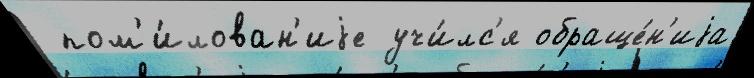
 пом'и́лован'иjе учи́лс'я обраще́н'иjа